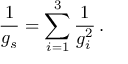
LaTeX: \frac { 1 } { g _ { s } } = \sum _ { i = 1 } ^ { 3 } \frac { 1 } { g _ { i } ^ { 2 } } \, .